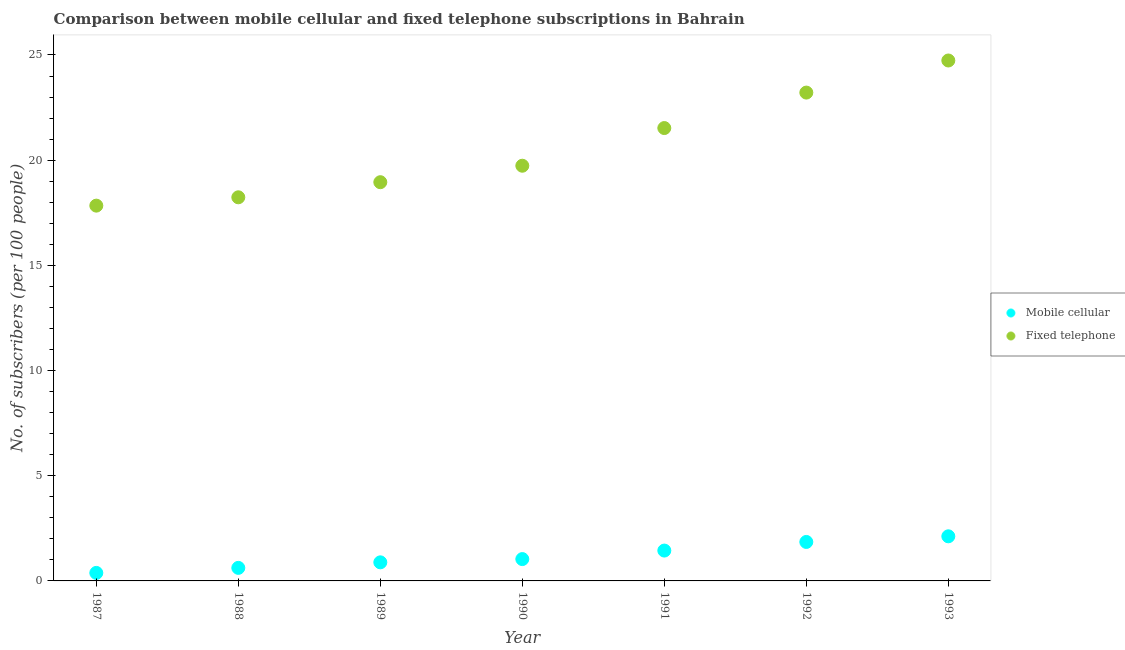
| Year | Mobile cellular | Fixed telephone |
 | --- | --- | --- |
 | 1987 | 0.381 | 17.8 |
 | 1988 | 0.62 | 18.2 |
 | 1989 | 0.884 | 19 |
 | 1990 | 1.04 | 19.7 |
 | 1991 | 1.44 | 21.5 |
 | 1992 | 1.85 | 23.2 |
 | 1993 | 2.12 | 24.7 |